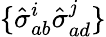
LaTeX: \{ \hat{\sigma}_{ab}^{i}\hat{\sigma}_{ad}^{j}\}